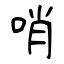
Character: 哨